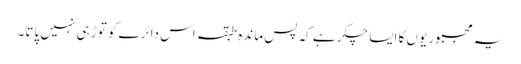
یہ مجبوریوں کا ایسا چکر ہے کہ پس ماندہ طبقہ اس دائرے کو توڑ ہی نہیں پاتا۔